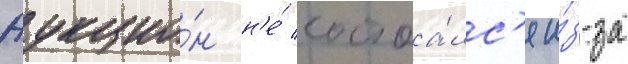
Аукцио́н н'е́ состоа́лс'я и́з-за